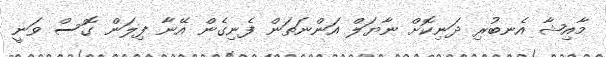
މާއިޝާ އެނބުރި ދަނިކޮށް ނާޔަލް އަންނަތަން ފެނިގެން އޭނާ ފިލަން ގޮސް ވަނީ